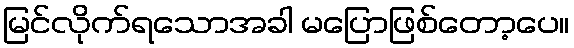
မြင်လိုက်ရသောအခါ မပြောဖြစ်တော့ပေ။